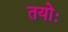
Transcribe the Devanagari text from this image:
तयोः